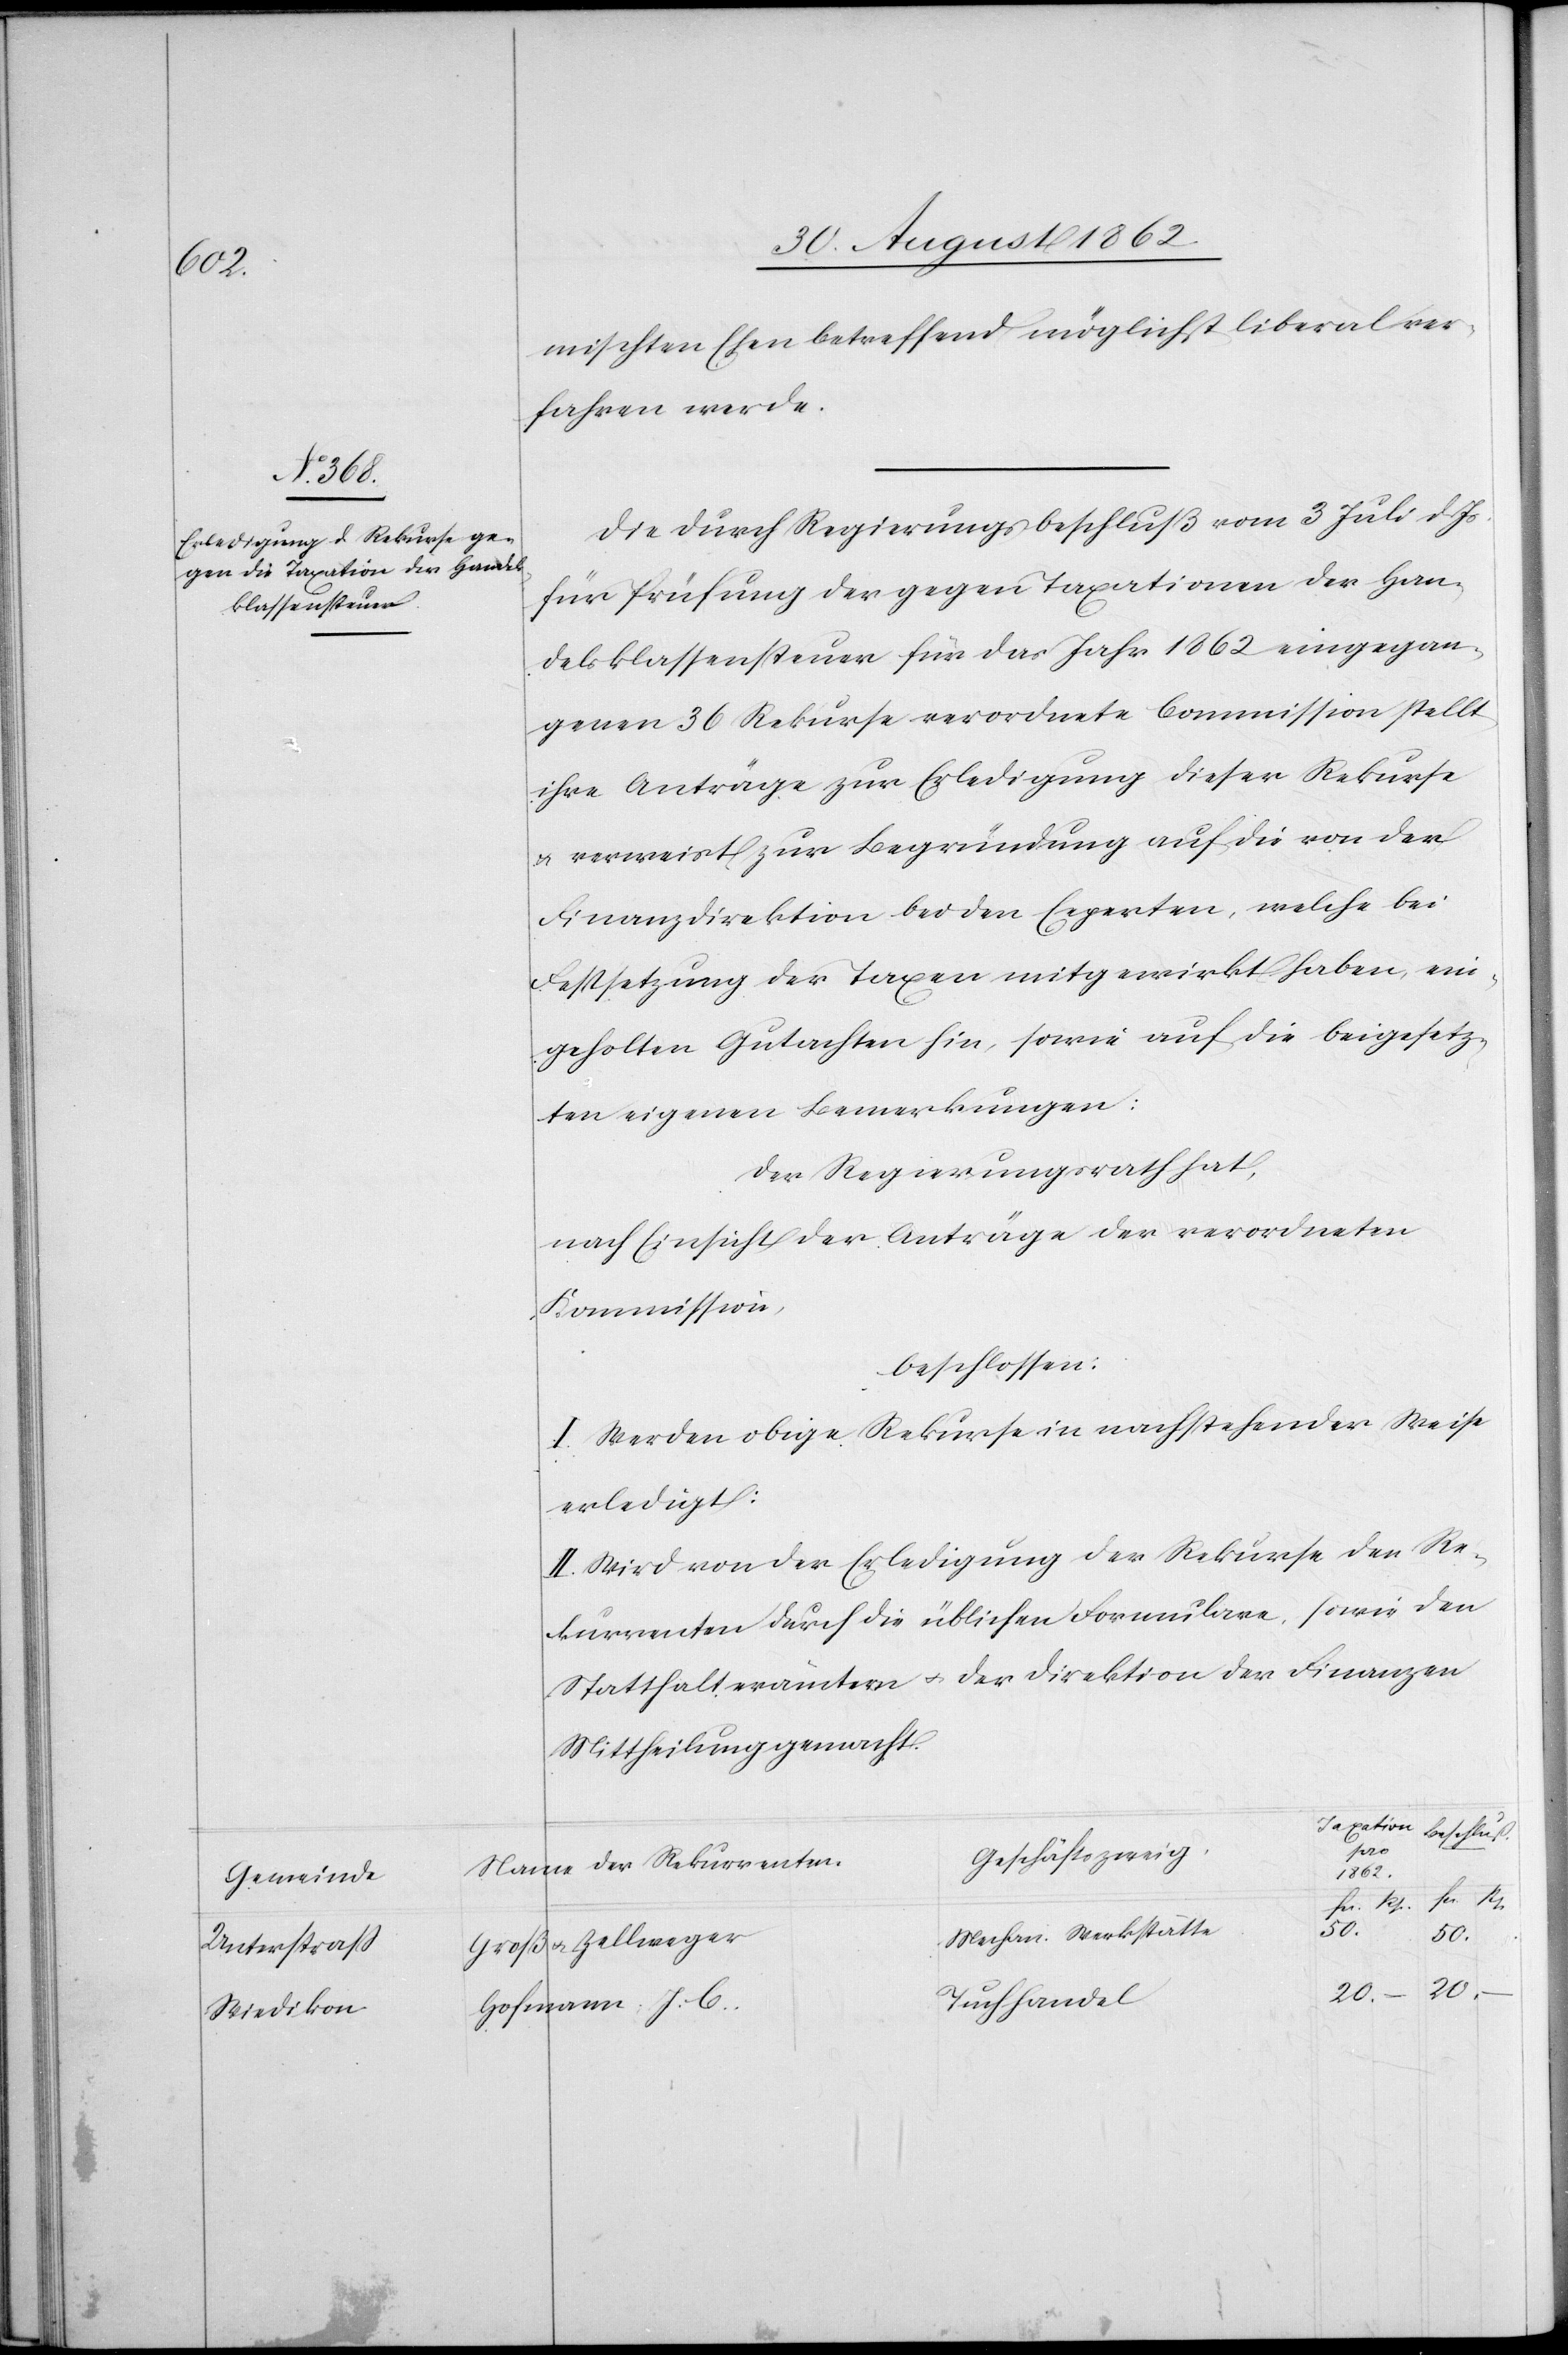
Fr.
Gemeinde
Unterstraß
Wiedikon

mischten Ehen betreffend möglichst liberal ver¬
fahren werde.
Die durch Regierungsbeschluß vom 3. Juli d. Js.
für Prüfung der gegen Taxationen der Han¬
delsklassensteuer für das Jahr 1862 eingegan¬
genen 36 Rekurse verordnete Commission stellt
ihre Anträge zur Erledigung dieser Rekurse
u. verweiset zur Begründung auf die von der
Finanzdirektion bei den Experten, welche bei
Festsetzung der Taxen mitgewirkt haben, ein¬
geholten Gutachten hin, sowie auf die beigesetz¬
ten eigenen Bemerkungen:
Der Regierungsrath hat,
nach Einsicht der Anträge der verordneten
Kommission,
beschlossen:
I. Werden obige Rekurse in nachstehender Weise
erledigt:
II. Wird von der Erledigung der Rekurse den Re¬
kurrenten durch die üblichen Formulare, sowie den
Statthalterämtern u. der Direktion der Finanzen
Mittheilung gemacht.
Taxa¬
Geschäftszweig
Namen der Rekurrenten
1862
Beschluß
50.
Mechan. Werkstätte
50
Groß u. Zellweger
20.
20.
Tuchhandel
Hofmann J. C.